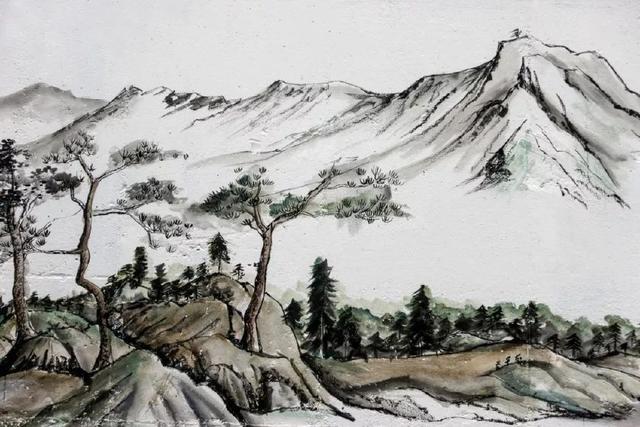
复值接舆醉，狂歌五柳前。